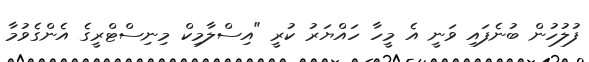
ފުލުހުން ބުނެފައި ވަނީ އެ މީހާ ހައްޔަރު ކުރީ "އިސްލާމިކް މިނިސްޓްރީގެ އެންގެވުމާ